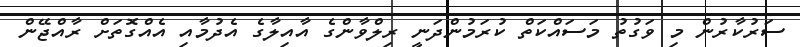
ސަރުކާރުން މި ވަގުތު މަސައްކަތް ކުރަމުންދަނީ ރިލްވާންގެ އާއިލާގެ އެދުމާއި އެއްގޮތަށް ރާއްޖޭން